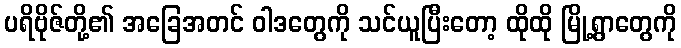
ပရိဗိုဇ်တို့၏ အခြေအတင် ဝါဒတွေကို သင်ယူပြီးတော့ ထိုထို မြို့ရွာတွေကို